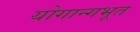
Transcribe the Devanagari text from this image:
योगान्गभूत